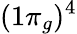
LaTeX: (1\pi_{g})^{4}